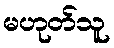
မဟုတ်သူ